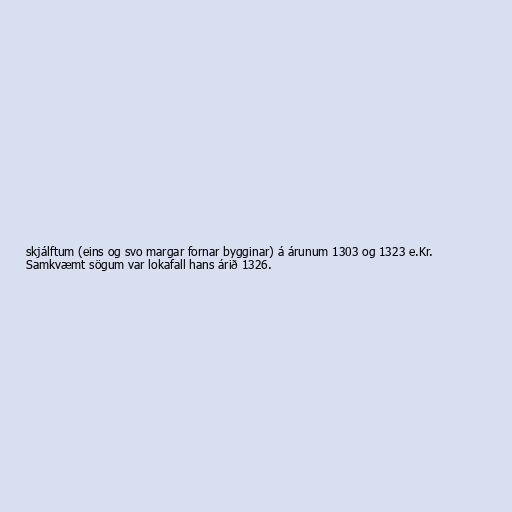
skjálftum (eins og svo margar fornar bygginar) á árunum 1303 og 1323 e.Kr.
Samkvæmt sögum var lokafall hans árið 1326.